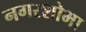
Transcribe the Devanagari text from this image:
नगरशोभा